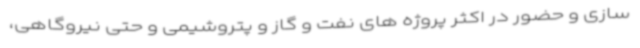
سازی و حضور در اکثر پروژه های نفت و گاز و پتروشیمی و حتی نیروگاهی،